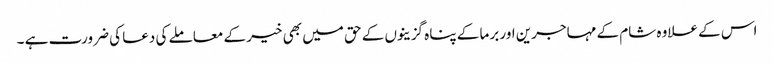
اس کے علاوہ شام کے مہاجرین اور برما کے پناہ گزینوں کے حق میں بھی خیر کے معاملے کی دعا کی ضرورت ہے ۔